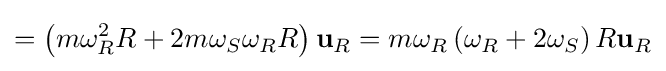
=\left(m\omega _{R}^{2}R+2m\omega _{S}\omega _{R}R\right)\mathbf {u} _{R}=m\omega _{R}\left(\omega _{R}+2\omega _{S}\right)R\mathbf {u} _{R}